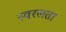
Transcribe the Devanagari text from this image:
स्वरलता